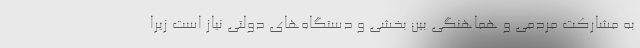
به مشارکت مردمی و هماهنگی‌ بین بخشی و دستگاه‌های دولتی نیاز است زیرا